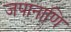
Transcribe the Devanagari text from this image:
जपानाणि